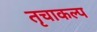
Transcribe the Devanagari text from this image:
तृचाकल्प